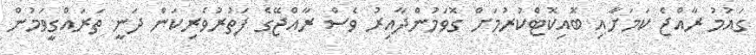
ގައުމު ރާއްޖެ ކަމަށާއި ބޮއިކޮޓްކުރުމަށް ގޮވަމުންދާއިރު ވެސް ރާއްޖޭގެ ފަތުރުވެރިކަން ދަނީ ތަރައްގީވަމުން